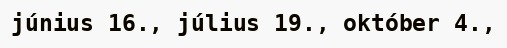
június 16., július 19., október 4.,